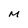
Character: M